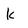
Character: k